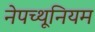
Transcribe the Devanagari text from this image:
नेपच्थूनियम